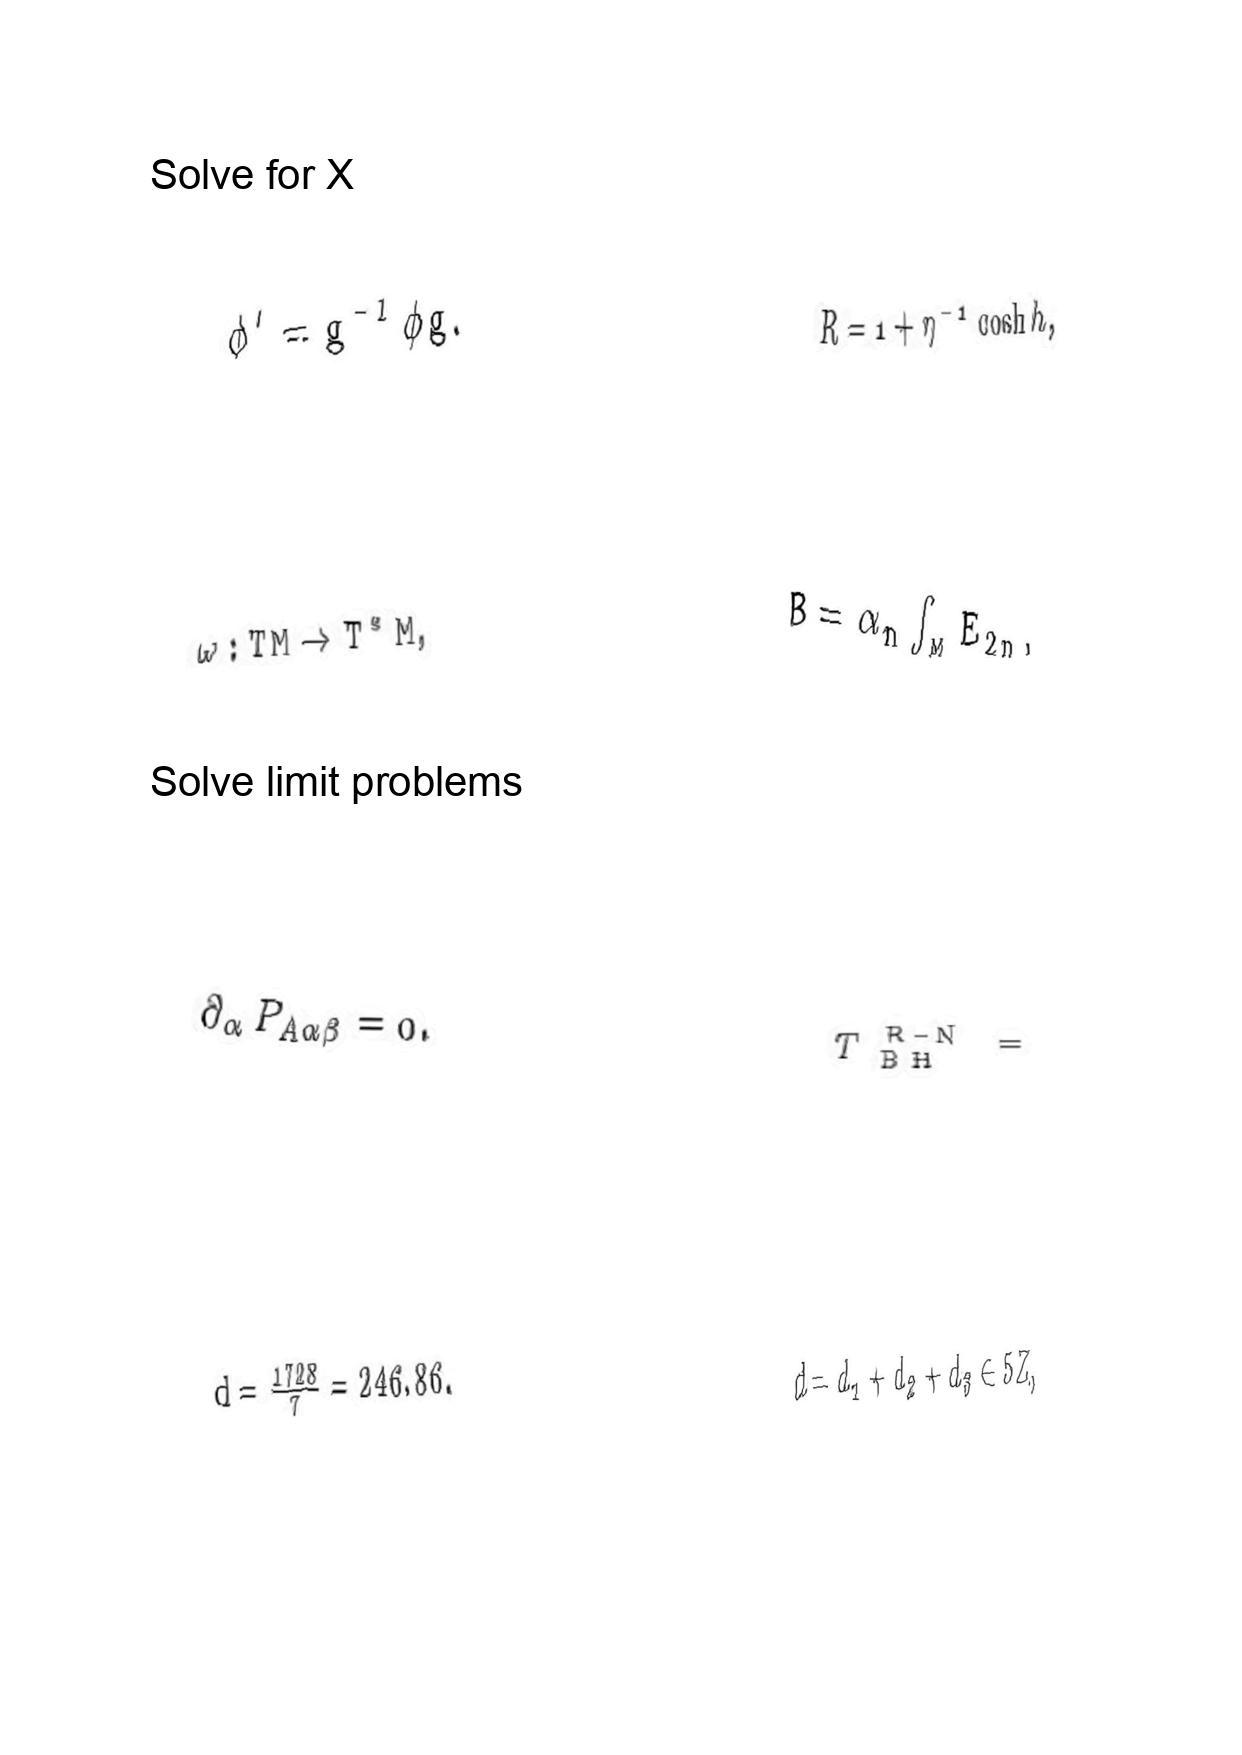
LaTeX transcription:
\phi ^ { \prime } = g ^ { - 1 } \phi g .
\omega : T M \rightarrow T ^ { \ast } M ,
\partial _ { \alpha } P _ { A \alpha \beta } = 0 .
d = \frac { 1 7 2 8 } { 7 } = 2 4 6 . 8 6 .
R = 1 + \eta ^ { - 1 } \cosh h ,
B = \alpha _ { n } \int _ { M } E _ { 2 n } ,
T _ { \mathrm { B H } } ^ { \mathrm { R - N } } =
d = d _ { 1 } + d _ { 2 } + d _ { 3 } \in 5 Z ,